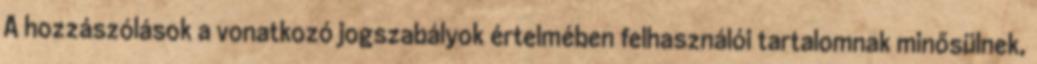
A hozzászólások a vonatkozó jogszabályok értelmében felhasználói tartalomnak minősülnek,